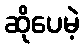
ဆိုပေမဲ့